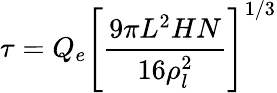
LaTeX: \tau=Q_{e}\left[{\frac{9\pi L^{2}HN}{16\rho_{l}^{2}}}\right]^{1/3}